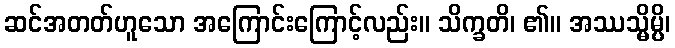
ဆင်အတတ်ဟူသော အကြောင်းကြောင့်လည်း။ သိက္ခတိ၊ ၏။ အဿသ္မိမ္ပိ၊